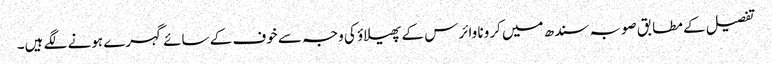
تفصیل کے مطابق صوبہ سندھ میں کرونا وائرس کے پھیلاؤ کی وجہ سے خوف کے سائے گہرے ہونے لگے ہیں۔